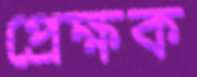
প্রেক্ষক